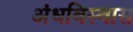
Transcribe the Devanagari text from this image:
अंधविस्वास